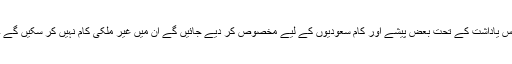
اس یاداشت کے تحت بعض پیشے اور کام سعودیوں کے لیے مخصوص کر دیے جائیں گے ان میں غیر ملکی کام نہیں کر سکیں گے ۔